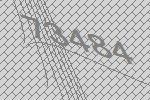
73484